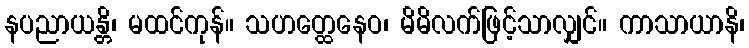
နပညာယန္တိ၊ မထင်ကုန်။ သဟတ္ထေနေဝ၊ မိမိလက်ဖြင့်သာလျှင်။ ကာသာယာနိ၊